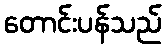
တောင်းပန်သည်